Elephants and their diseases
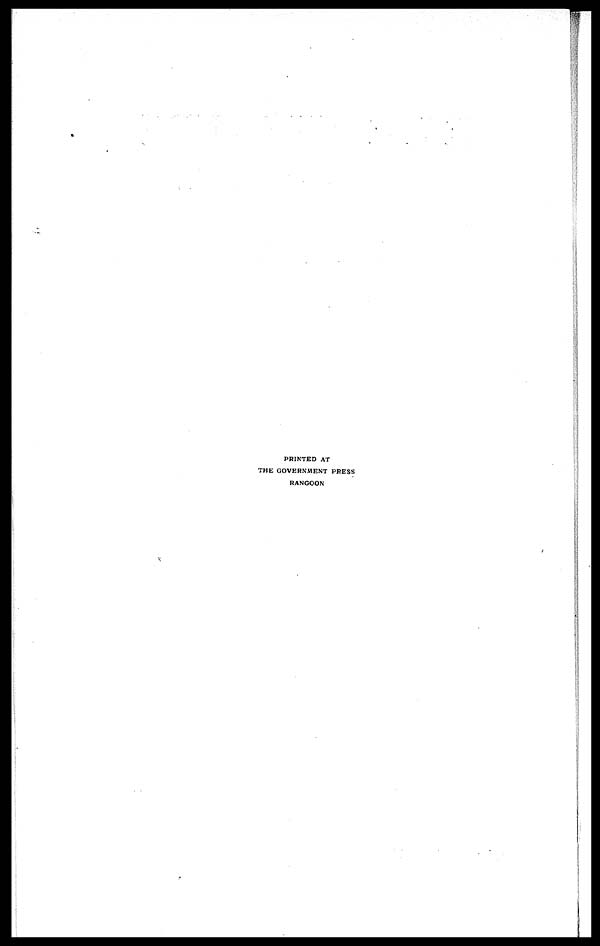
PRINTED AT
THE GOVERNMENT PRESS
RANGOON